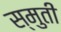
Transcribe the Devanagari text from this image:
स्मुती